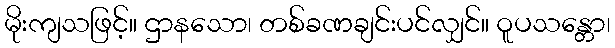
မိုးကျသဖြင့်။ ဌာနသော၊ တစ်ခဏချင်းပင်လျှင်။ ဝူပသန္တော၊